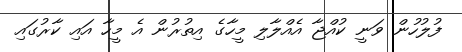
ފުލުހުން ވަނީ ކުއްޖާ އެއްލާލި މީހާގެ އިތުރުން އެ މީހާ އައި ކާރުގައި